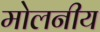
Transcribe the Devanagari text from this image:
मोलनीय